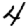
Digit: 4